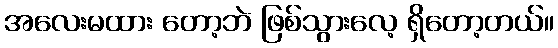
အလေးမထား တော့ဘဲ ဖြစ်သွားလေ့ ရှိတော့တယ်။